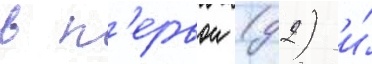
в п'ервои (д2) и́